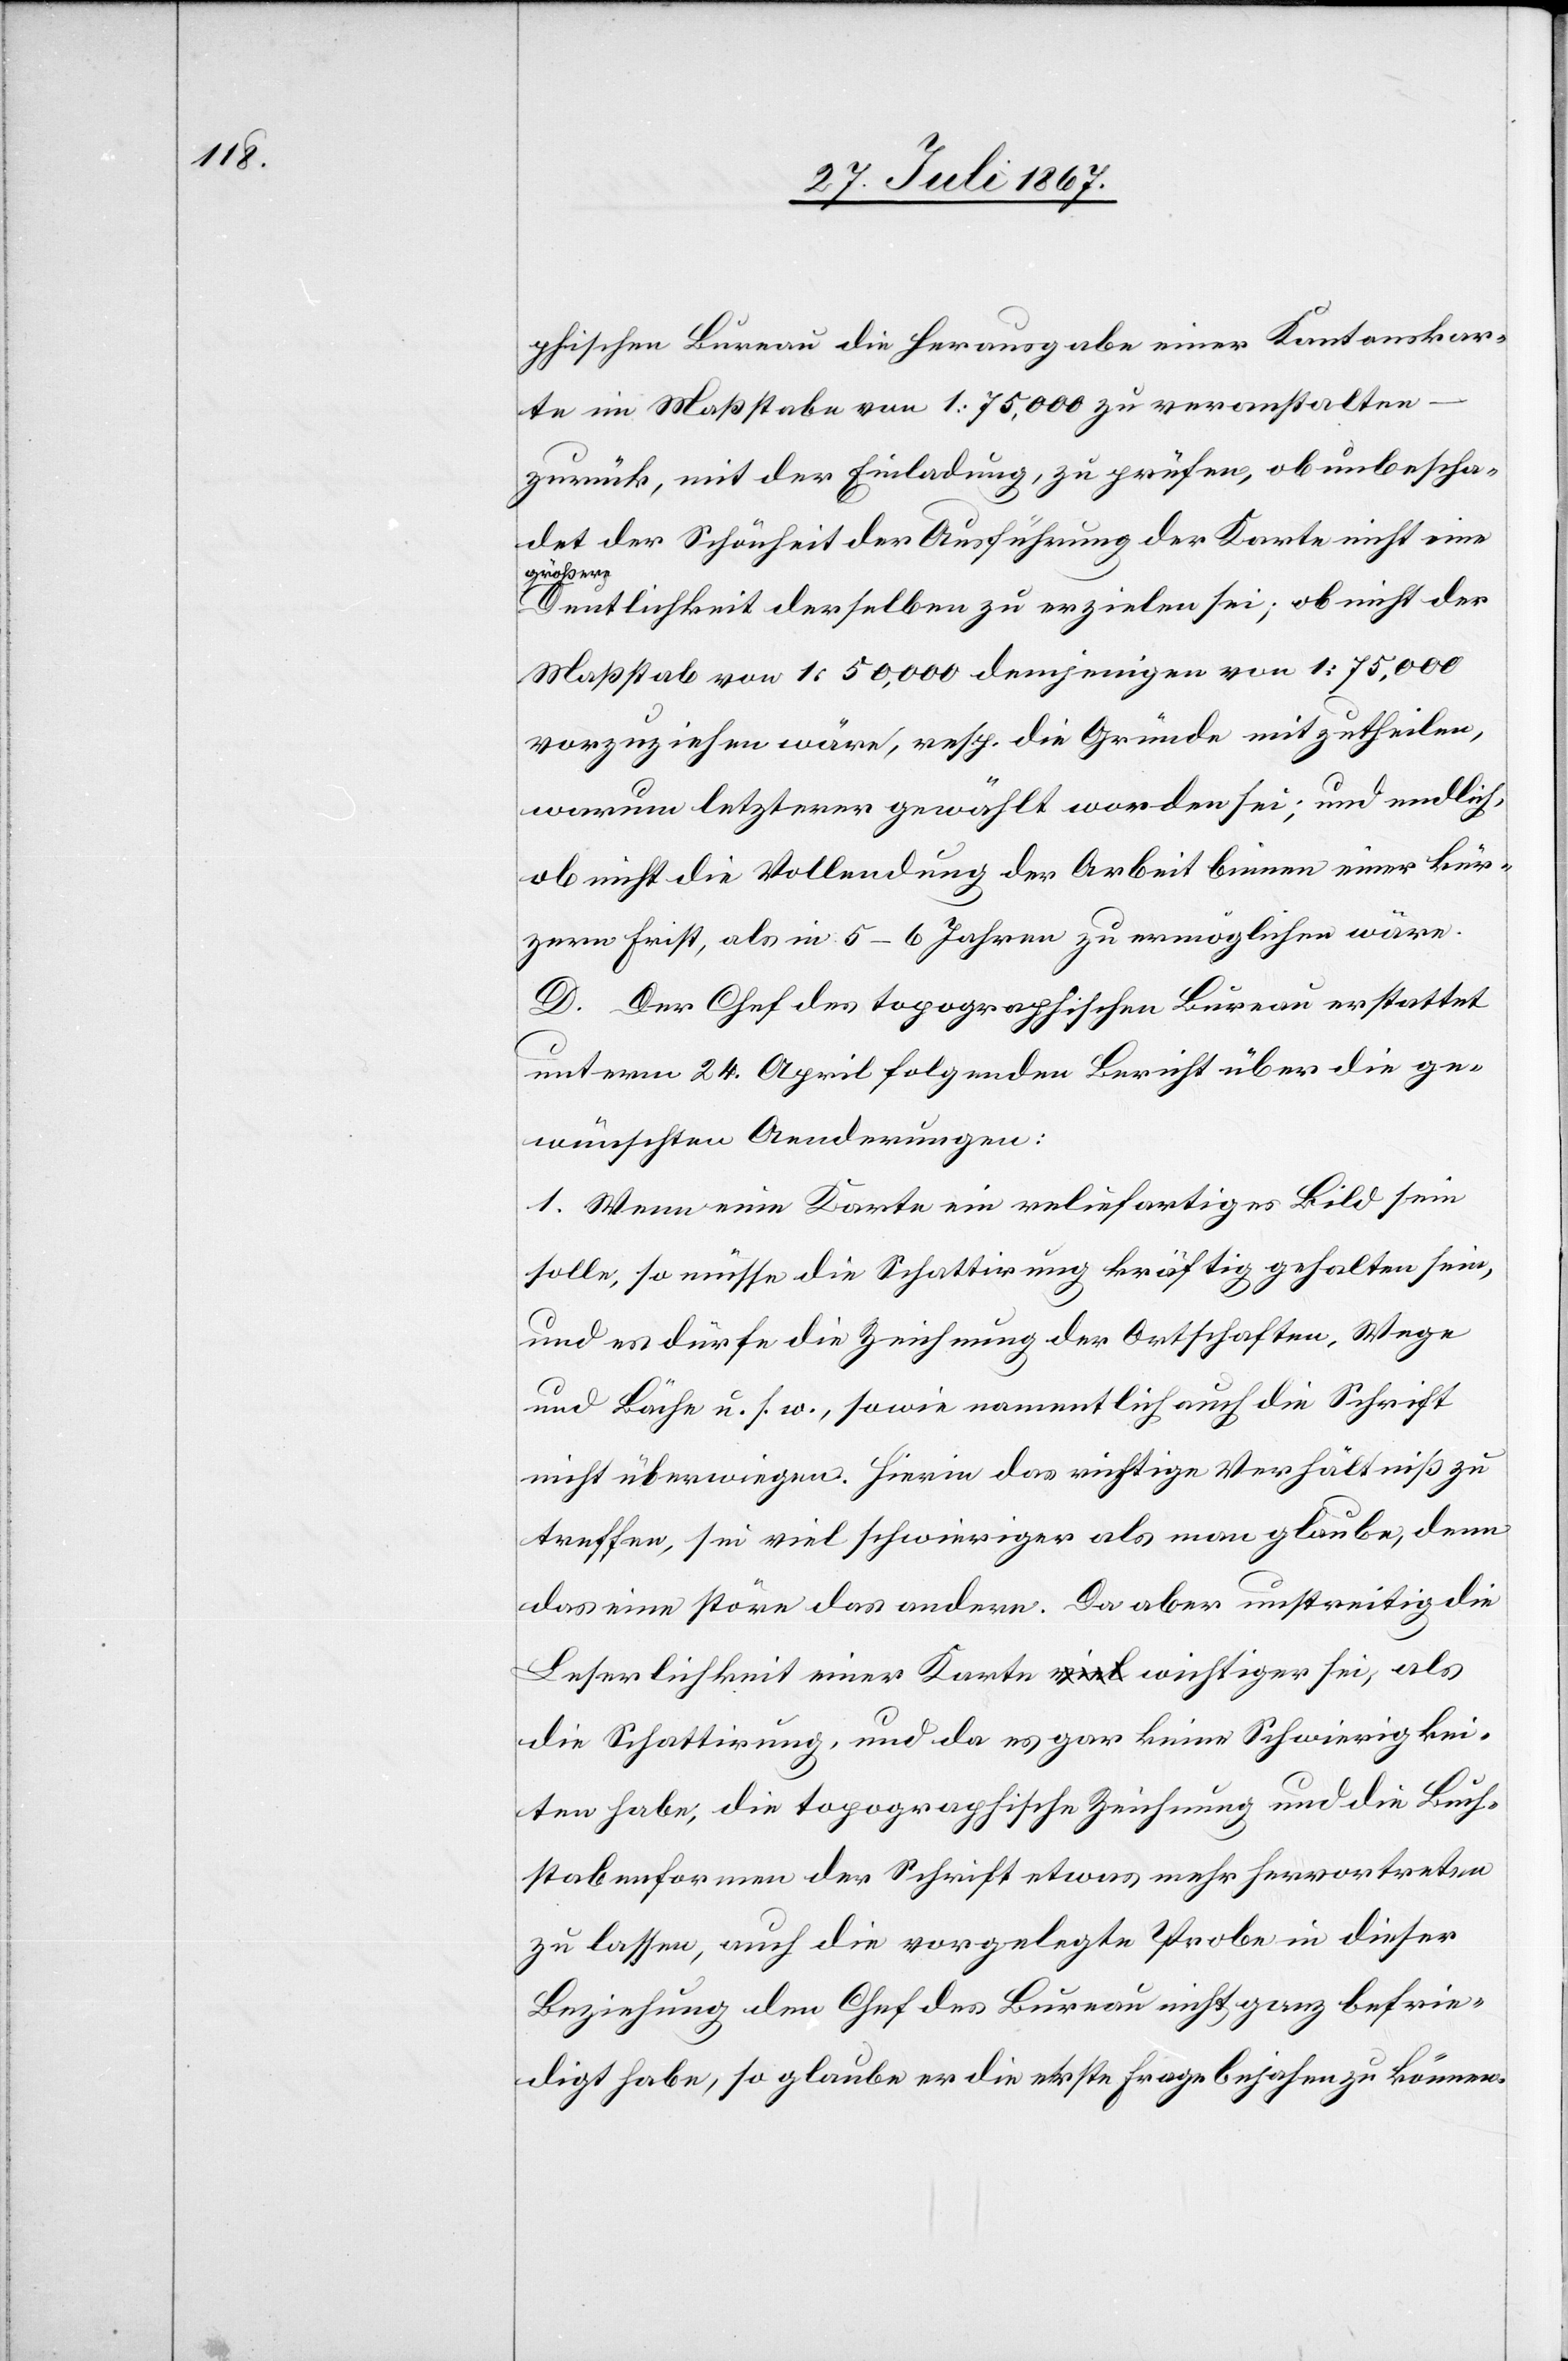
phischen Bureau die Herausgabe einer Kantonskar¬
te im Maßstabe von 1:75 000 zu veranstalten
zurück, mit der Einladung, zu prüfen, ob unbescha¬
det der Schönheit der Ausführung der Karte nicht eine
größere
Deutlichkeit derselben zu erzielen sei; ob nicht der
Maßstab von 1:50 000 demjenigen von 1:75 000
vorzuziehen wäre, resp. die Gründe mitzutheilen,
warum letzterer gewählt worden sei; und endlich,
ob nicht die Vollendung der Arbeit binnen einer kür¬
zern Frist, als in 5–6 Jahren zu ermöglichen wäre.
D. Der Chef des topographischen Bureau erstattet
unterm 24. April folgenden Bericht über die ge¬
wünschten Aenderungen:
1. Wenn eine Karte ein reliefartiges Bild sein
solle, so müsse die Schattirung kräftig gehalten sein,
und es dürfe die Zeichnung der Ortschaften, Wege
und Bäche u. s. w., sowie namentlich auch die Schrift
nicht überwiegen. Hierin das richtige Verhältniß zu
treffen, sei viel schwieriger als man glaube, denn
das eine störe das andere. Da aber unstreitig die
Leserlichkeit einer Karte wichtiger sei, als
die Schattirung, und da es gar keine Schwierigkei¬
ten habe, die topographische Zeichnung und die Buch¬
stabenformen der Schrift etwas mehr hervortreten
zu lassen, auch die vorgelegte Probe in dieser
Beziehung den Chef des Bureau nicht ganz befrie¬
digt habe, so glaube er die erste Frage bejahen zu können.